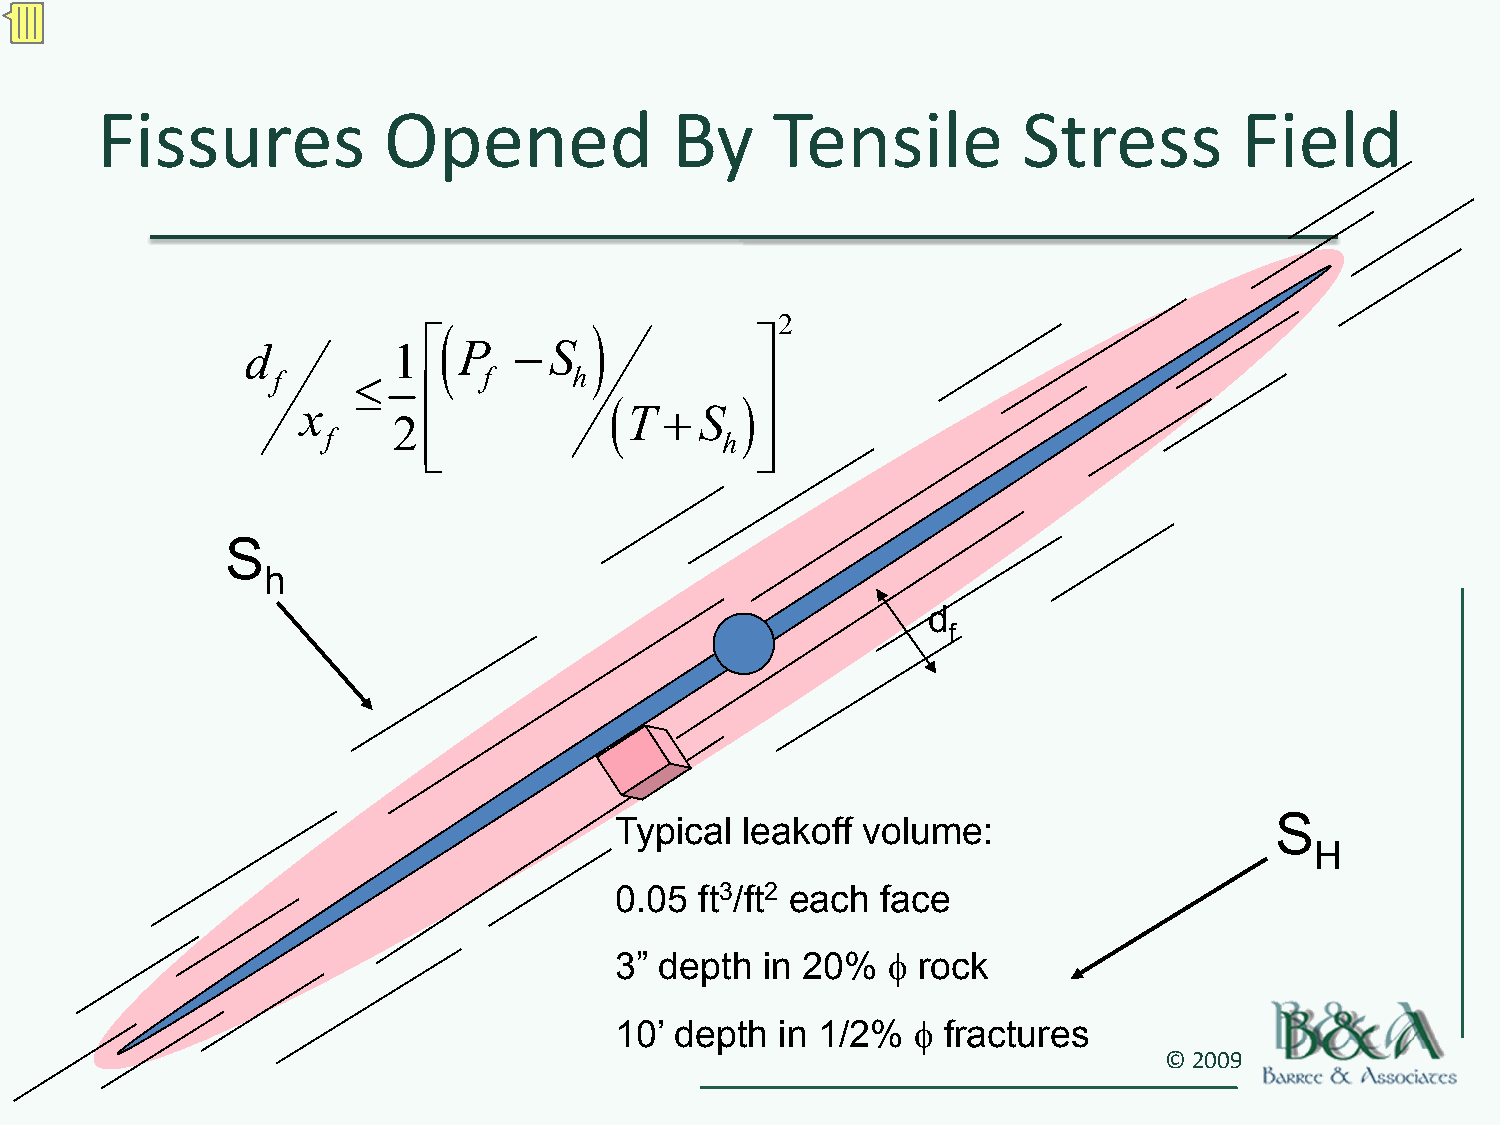
Fissures           Opened             By     Tensile          Stress        Field
 (         )           2
 d         1⎡  P   − S             ⎤
 f    ≤        f     h
 ⎢                     ⎥
 x                   ( T + S  )
 2
 f      ⎣⎢                  h ⎦⎥
 S
 h
 d
 f
 S
 Typical leakoff volume:
 H
 0.05 ft3/ft2 each face
 3” depth in 20%   φ rock
 10’ depth in 1/2%  φ fractures
 © 2009